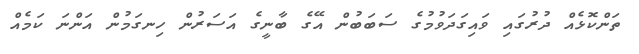
ތަންކޮޅެއް ދުރުގައި ވައިގަދަވުމުގެ ސަބަބުން އޭގެ ބާނީގެ އަސަރުން ހިނގަމުން އަންނަ ކަމެއް